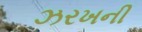
ઝરખની